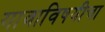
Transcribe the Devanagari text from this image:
गावाविषयीचा